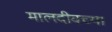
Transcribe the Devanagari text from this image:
मालदीवच्या